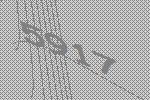
5917